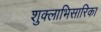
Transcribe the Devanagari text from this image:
शुक्लाभिसारिका